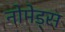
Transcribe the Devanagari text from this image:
नोमेड्स